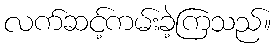
လက်ဆင့်ကမ်းခဲ့ကြသည်။